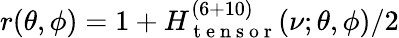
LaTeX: r(\theta,\phi)=1+H_{\mathrm{~t~e~n~s~o~r~}}^{(6+10)}(\nu;\theta,\phi)/2